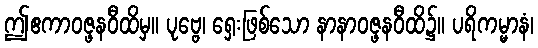
ဤဧကာဝဇ္ဖနဝီထိမှ။ ပုဗ္ဗေ၊ ရှေးဖြစ်သော နာနာဝဇ္ဖနဝီထိ၌။ ပရိကမ္မာနံ၊